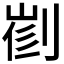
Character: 𠝦